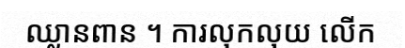
ឈ្លានពាន ។ ការលុកលុយ លើក